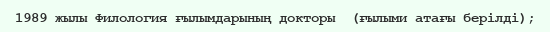
1989 жылы Филология ғылымдарының докторы  (ғылыми атағы берілді);